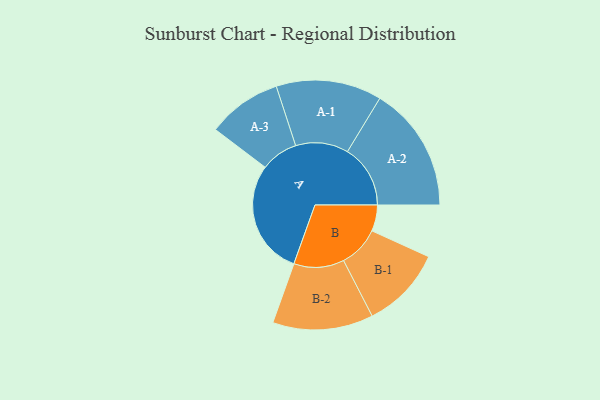
{"axis": {"x": "Segment", "y": "Value"}, "legend": ["", "A", "B"], "data": [{"x": "A", "y": 457, "type": ""}, {"x": "B", "y": 104, "type": ""}, {"x": "A-1", "y": 210, "type": "A"}, {"x": "A-2", "y": 250, "type": "A"}, {"x": "A-3", "y": 148, "type": "A"}, {"x": "B-1", "y": 163, "type": "B"}, {"x": "B-2", "y": 200, "type": "B"}]}